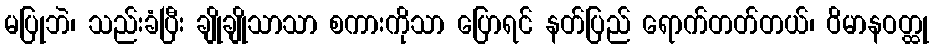
မပြုဘဲ၊ သည်းခံပြီး ချိုချိုသာသာ စကားကိုသာ ပြောရင် နတ်ပြည် ရောက်တတ်တယ်၊ ဝိမာနဝတ္ထု